Indian journal of veterinary science and animal husbandry - Volume 2,
Year: 1932
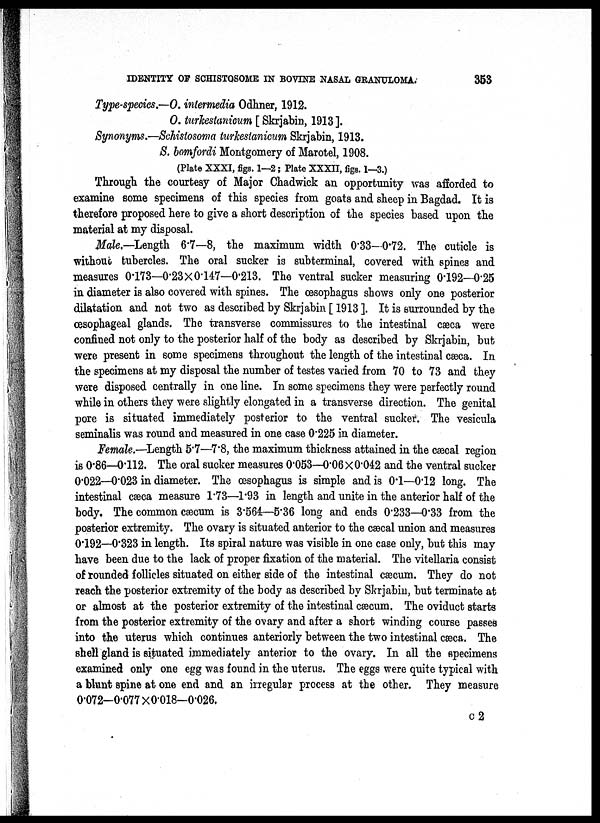
IDENTITY OF SCHISTOSOME IN BOVINE NASAL GRANULOMA.
353
Type-species.—O. intermedia Odhner, 1912.
O. turkestanicum [ Skrjabin, 1913].
Synonyms.—Schistosoma turkestanicum Skrjabin, 1913.
S. bomfordi Montgomery of Marotel, 1908.
(Plate XXXI, figs. 1—2; Plate XXXII, figs. 1—3.)
Through the courtesy of Major Chadwick an opportunity was afforded to
examine some specimens of this species from goats and sheep in Bagdad. It is
therefore proposed here to give a short description of the species based upon the
material at my disposal.
Male.—Length 6.7—8, the maximum width 0.33—0.72. The cuticle is
without tubercles. The oral sucker is subterminal, covered with spines and
measures 0.173—0.23×0.147—0.213. The ventral sucker measuring 0.192—0.25
in diameter is also covered with spines. The œsophagus shows only one posterior
dilatation and not two as described by Skrjabin [ 1913 ]. It is surrounded by the
œsophageal glands. The transverse commissures to the intestinal cæca were
confined not only to the posterior half of the body as described by Skrjabin, but
were present in some specimens throughout the length of the intestinal cæca. In
the specimens at my disposal the number of testes varied from 70 to 73 and they
were disposed centrally in one line. In some specimens they were perfectly round
while in others they were slightly elongated in a transverse direction. The genital
pore is situated immediately posterior to the ventral sucker. The vesicula
seminalis was round and measured in one case 0.225 in diameter.
Female.—Length 5.7—7.8, the maximum thickness attained in the cæcal region
is 0.86—0.112. The oral sucker measures 0.053—0.06 × 0.042 and the ventral sucker
0.022—0.023 in diameter. The œsophagus is simple and is 0.1—0.12 long. The
intestinal cæca measure 1.73—1.93 in length and unite in the anterior half of the
body. The common cæcum is 3.564—5.36 long and ends 0.233—0.33 from the
posterior extremity. The ovary is situated anterior to the cæcal union and measures
0.192—0.323 in length. Its spiral nature was visible in one case only, but this may
have been due to the lack of proper fixation of the material. The vitellaria consist
of rounded follicles situated on either side of the intestinal cæcum. They do not
reach the posterior extremity of the body as described by Skrjabin, but terminate at
or almost at the posterior extremity of the intestinal cæcum. The oviduct starts
from the posterior extremity of the ovary and after a short winding course passes
into the uterus which continues anteriorly between the two intestinal cæca. The
shell gland is situated immediately anterior to the ovary. In all the specimens
examined only one egg was found in the uterus. The eggs were quite typical with
a blunt spine at one end and an irregular process at the other. They measure
0.072—0.077 ×0.018—0.026.
c 2